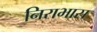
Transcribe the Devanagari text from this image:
निराभास